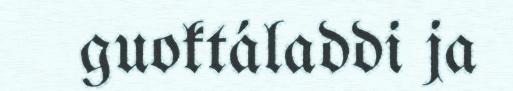
guoktáladdi ja